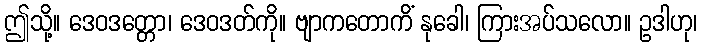
ဤသို့။ ဒေဝဒတ္တော၊ ဒေဝဒတ်ကို။ ဗျာကတောကိံ နုခေါ၊ ကြားအပ်သလော။ ဥဒါဟု၊